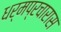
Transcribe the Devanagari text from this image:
धर्मप्रचारास